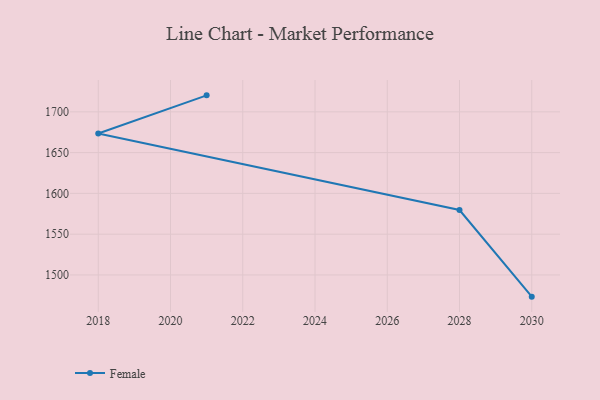
{"axis": {"x": "Year", "y": "Churn Rate (%)"}, "legend": ["Female"], "data": [{"x": "2030", "y": 1473.4, "type": "Female"}, {"x": "2028", "y": 1579.6, "type": "Female"}, {"x": "2018", "y": 1673.5, "type": "Female"}, {"x": "2021", "y": 1720.2, "type": "Female"}]}